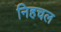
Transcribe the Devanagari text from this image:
निहचल